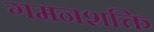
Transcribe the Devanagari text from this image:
गमनशक्ति